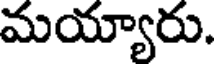
మయ్యారు.